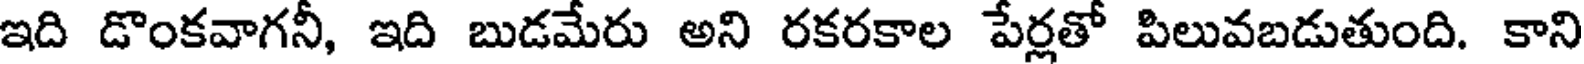
ఇది డొంకవాగనీ, ఇది బుడమేరు అని రకరకాల పేర్లతో పిలువబడుతుంది. కాని